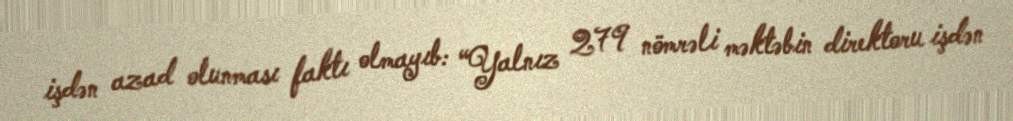
işdən azad olunması faktı olmayıb: “Yalnız 279 nömrəli məktəbin direktoru işdən